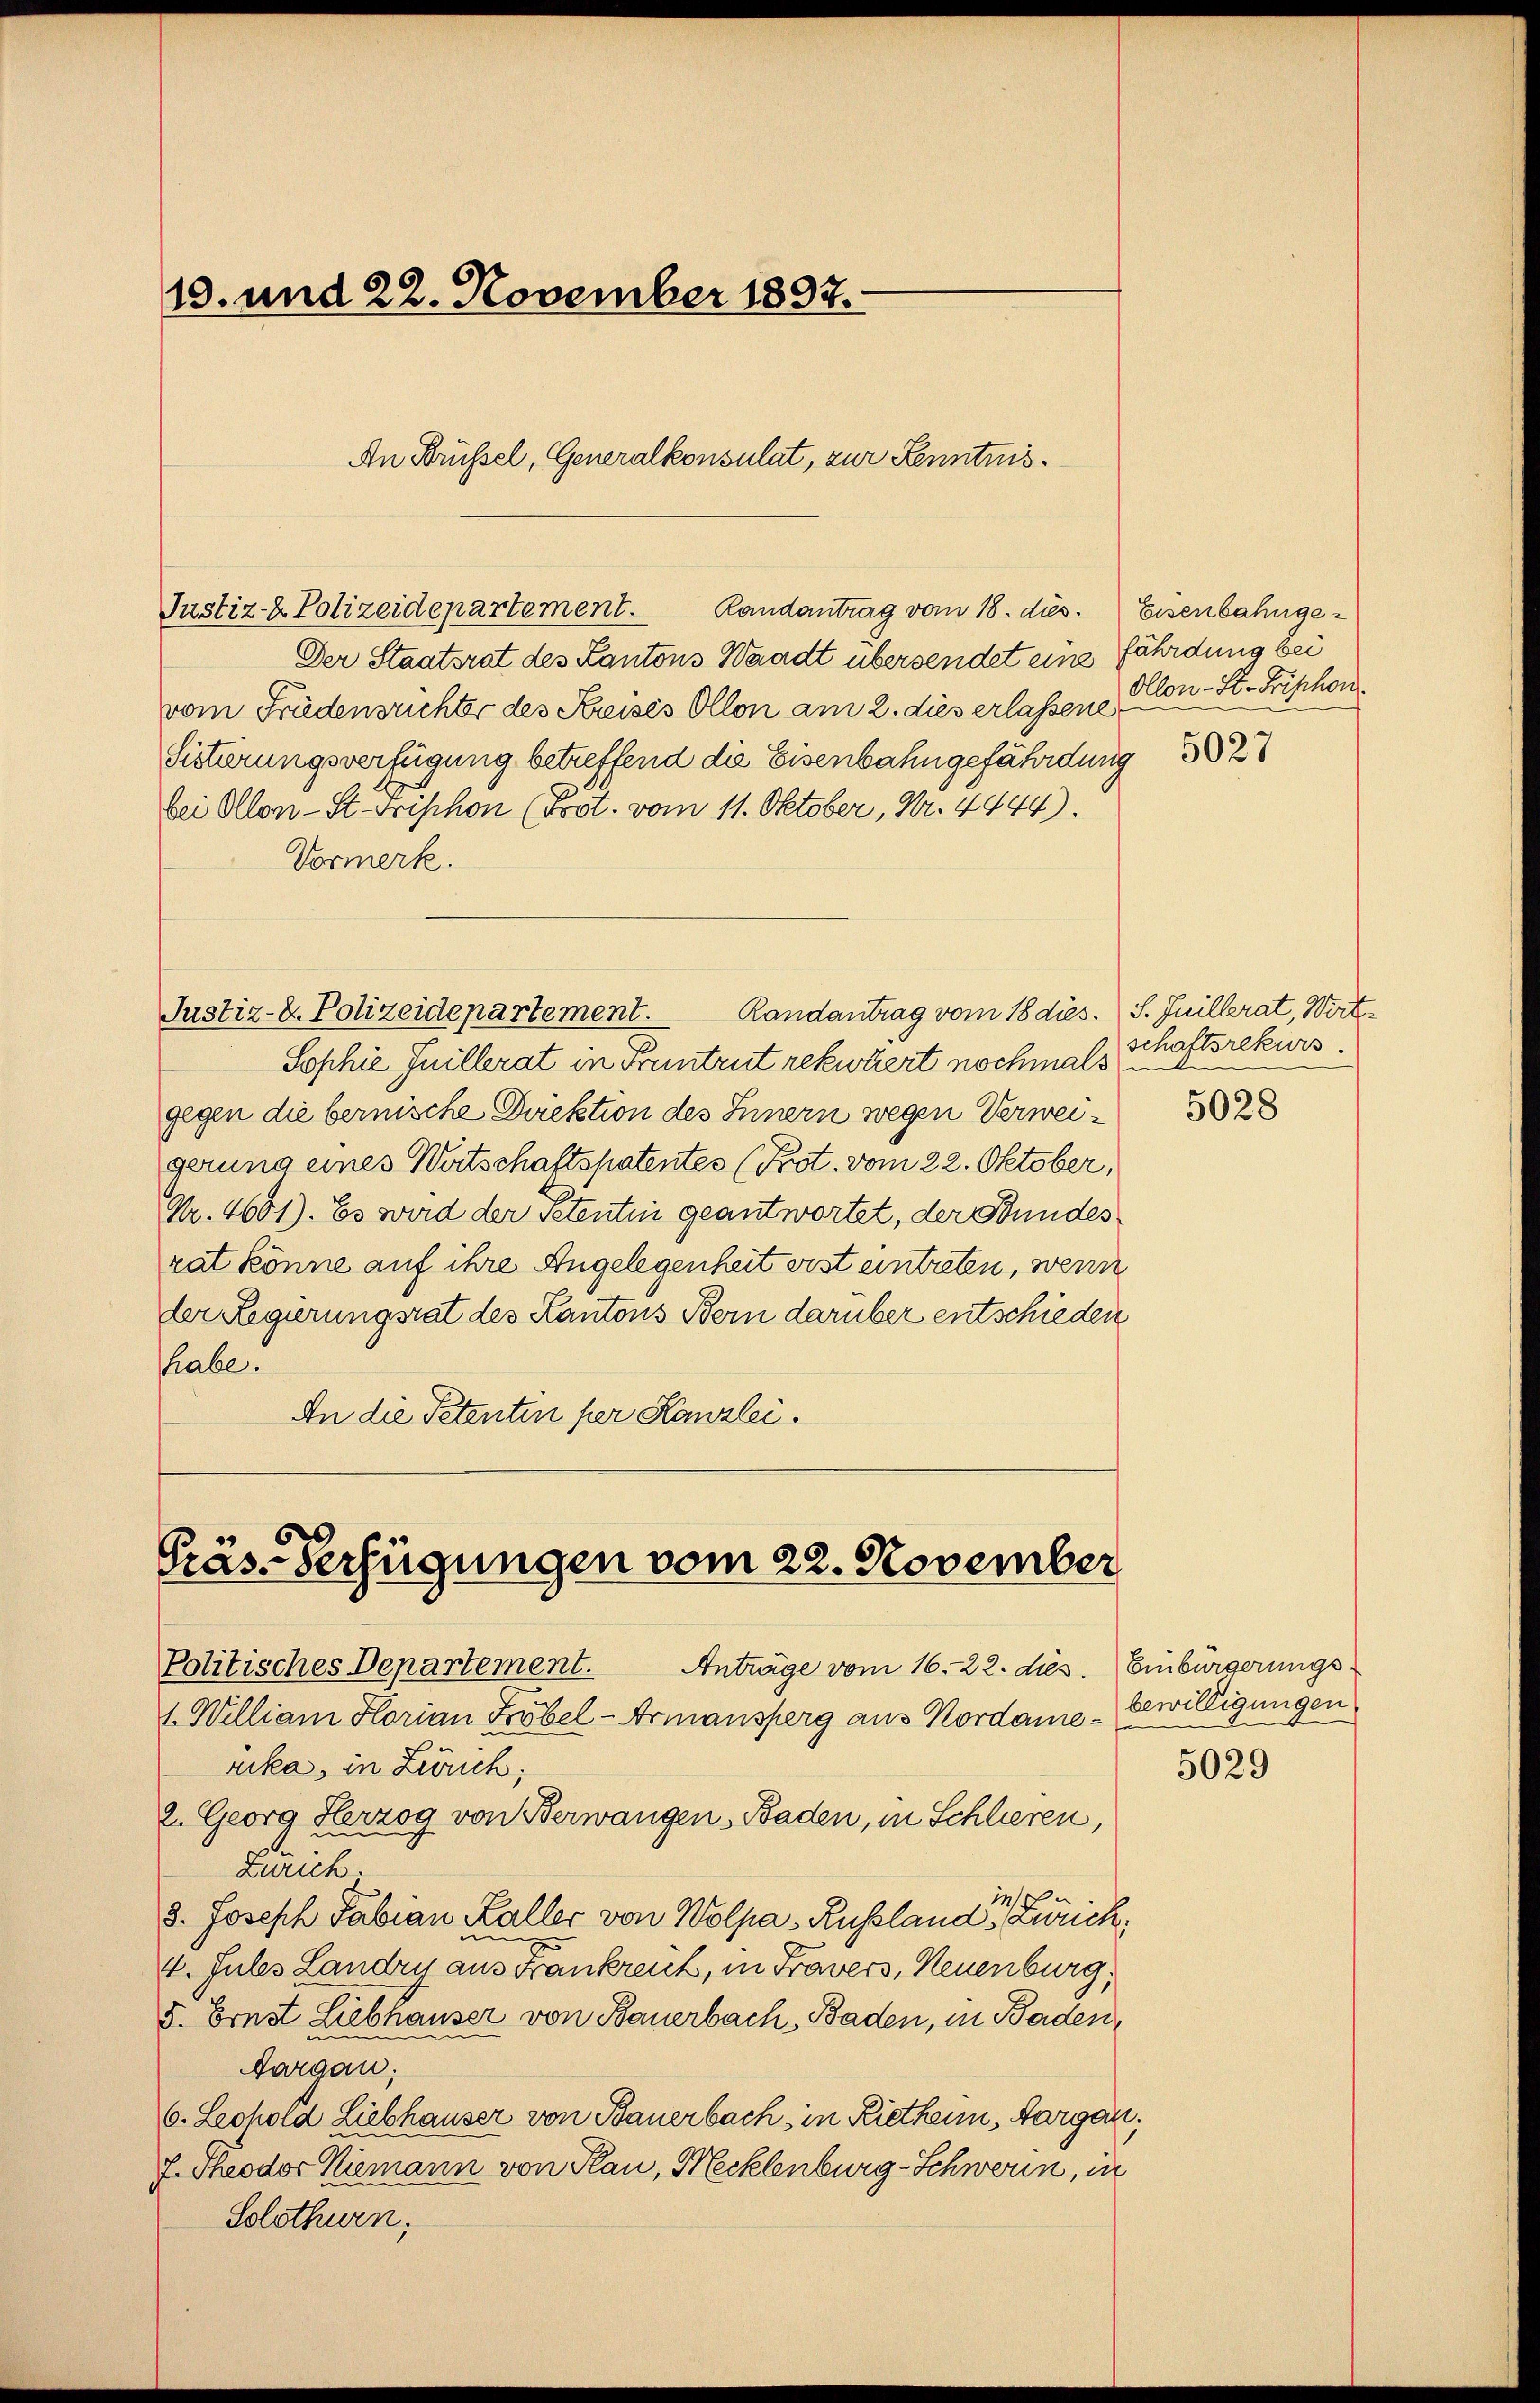
13. und 22. November 1897.

Justiz- & Polizeidepartement. Randantrag vom 18. dies. Eisenbahnge¬
Der Staatsrat des Kantons Waadt übersendet eine fährdung bei
vom Früdensrichter des Krisés Ollon am 2. dies erlassene
Sistirungsverfügung betreffend die Eisenbahngefährdung
bei Ollon - St. Frischon (Prot. vom 11. Oktober, Nr. 4444).
Vormerk.
Justiz- & Polizeidepartement. Randantrag vom 18 dies. S. Guillerat, Wirt-
Sophie Juillerat in Pruntrut rekuliert nochmals
gegen die bernische Direktion des Innern wegen Verweigerung eines Wertschaftspatentes (Prot. vom 22. Oktober,
Nr. 4601). Es wird der Petentin geantwortet, der Bundes
rat könne auf ihre Angelegenheit erst eintreten, wenn
der Regierungsrat des Kantons Bern darüber entschieden
habe.
An die Petentin per Kanzlei¬

An Brüssel, Generalkonsulat, zur Kenntnis¬

Präs-Verfügungen vom 22. November

Ollon - St. Frischon

Politisches Departement.
Anträge vom 16. 22. dies. Einbürgerungs-
1. William Horian Zöbel-Armansperg aus Nordame - Bewilligungen
rika, in Zürich,
2. Georg Herzog von Berwangen, Baden, in Schlieren,
Zürich.
2
d. Joseph Fabian Kaller von Wolpa, Russland, Zweck,
4. Jules Landry aus Frankreich, in Fravers, Neuenburg,
5. Ernst Liebhauser von Bauerbach, Baden, in Baden,
Aargau;
6. Leopold Liebhauser von Bauerbach, in Rietheim, Aargau,
f. Theodor Niemann von Plan, Mecklenburg-Schwerin, in
Solothurn,

5027

schaftsrekurs.

5028

5029